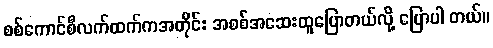
စစ်ကောင်စီလက်ထက်ကအတိုင်း အစစ်အဆေးထူပြောတယ်လို့ ပြောပါ တယ်။